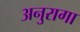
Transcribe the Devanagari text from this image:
अनुरागा